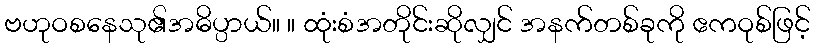
ဗဟုဝစနေသု၏အဓိပ္ပာယ်။ ။ ထုံးစံအတိုင်းဆိုလျှင် အနက်တစ်ခုကို ဧကဝုစ်ဖြင့်